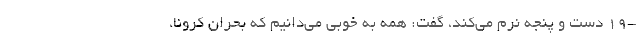
-۱۹ دست و پنجه نرم می‌کند، گفت: همه به خوبی می‌دانیم که بحرانِ کرونا،